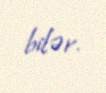
bilər.